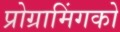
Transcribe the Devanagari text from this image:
प्रोग्रामिंगको